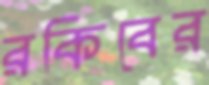
রকিবের